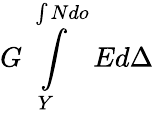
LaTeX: G\int\limits_{Y}^{\int Ndo}Ed\Delta